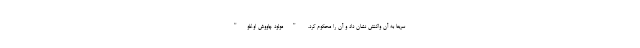
سریعا به آن واکنش نشان داد و آن را محکوم کرد. "مولود چاووش اوغلو"